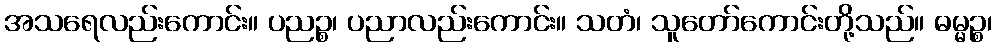
အသရေလည်းကောင်း။ ပညဉ္စ၊ ပညာလည်းကောင်း။ သတံ၊ သူတော်ကောင်းတို့သည်။ ဓမ္မဉ္စ၊